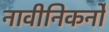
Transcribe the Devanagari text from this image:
नावीनिकर्नों